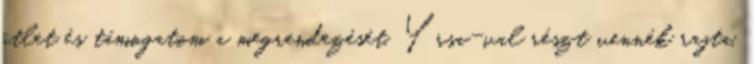
ötlet és támogatom a megrendezését. Yrsa-val részt vennék rajta,